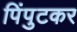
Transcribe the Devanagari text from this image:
पिंपुटकर